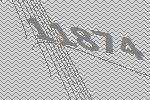
11874